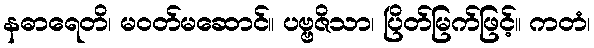
နဓာရေတိ၊ မဝတ်မဆောင်။ ပဗ္ဗဇိသာ၊ ပြိတ်မြက်ဖြင့်။ ကတံ၊